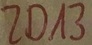
Text: ZD13